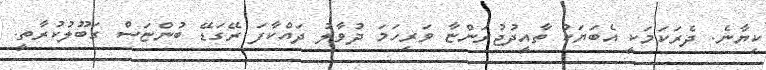
ކިޔާނެ. ދެރަކަމަކީ އެބަޔަކު ތާއީދުޖުރަންޏާ ވަރިހަމަ ދުވާލު ދައްކާފަ ރޭގަޑޭ ބުންޏަސް ގަބޫލުކުރާތީ.